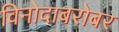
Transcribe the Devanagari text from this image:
विनोदाबरोबर